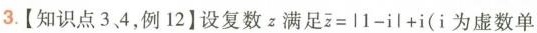
3.【知识点3.4，例12】设复数z满足$$\overline{z} = | 1 - i | + i$$(i为虚数单